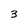
Character: 3